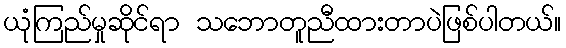
ယုံကြည်မှုဆိုင်ရာ သဘောတူညီထားတာပဲဖြစ်ပါတယ်။